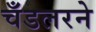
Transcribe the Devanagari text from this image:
चँडलरने